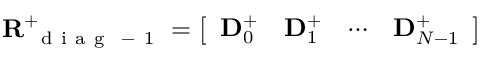
\mathbf { R } _ { \mathrm { ~ { ~ d ~ i ~ a ~ g ~ } ~ - ~ 1 ~ } } ^ { + } = \left[ \begin{array} { l l l l } { \mathbf { D } _ { 0 } ^ { + } } & { \mathbf { D } _ { 1 } ^ { + } } & { \cdots } & { \mathbf { D } _ { N - 1 } ^ { + } } \end{array} \right]